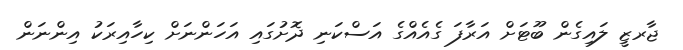
ޖާރޒީ ލައިގެން ބޫޓަށް އަރާފަ ގެއެއްގެ އަސްކަނި ދޮށުގައި އަހަންނަށް ކިހާއިރަކު އިންނަން